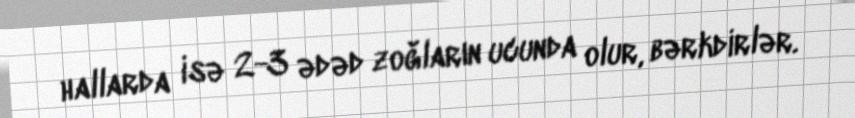
hallarda isə 2-3 ədəd zoğların ucunda olur, bərkdirlər.